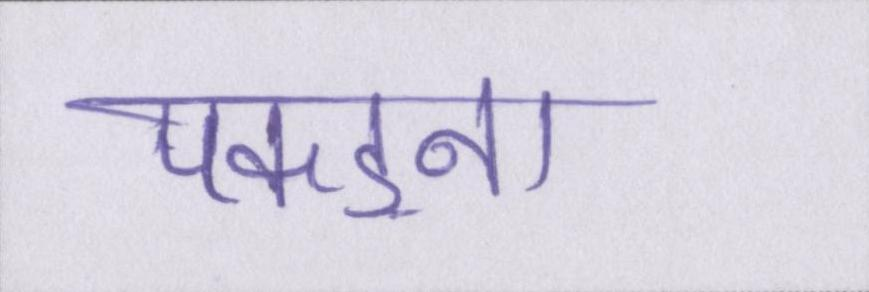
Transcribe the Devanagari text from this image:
पकड़ना